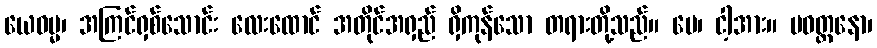
ယေဓမ္မ၊ အကြင်ရှစ်သောင်း လေးထောင် အတိုင်အရှည် ရှိကုန်သော တရားတို့သည်။ မေ၊ ငါ့အား။ ပဝတ္တနော၊